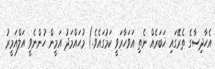
އެހާދިސާގެ ތެރޭގައި ޚަބަރެއް ނެތި އަވަހާރަވީ ކަމުގައެވެ.) މުޙައްމަދު އަމީން ހުންނެވީ އަލްއަމީރު